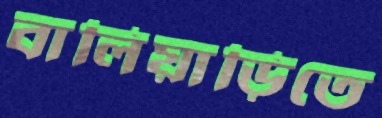
বালিয়াড়িতে